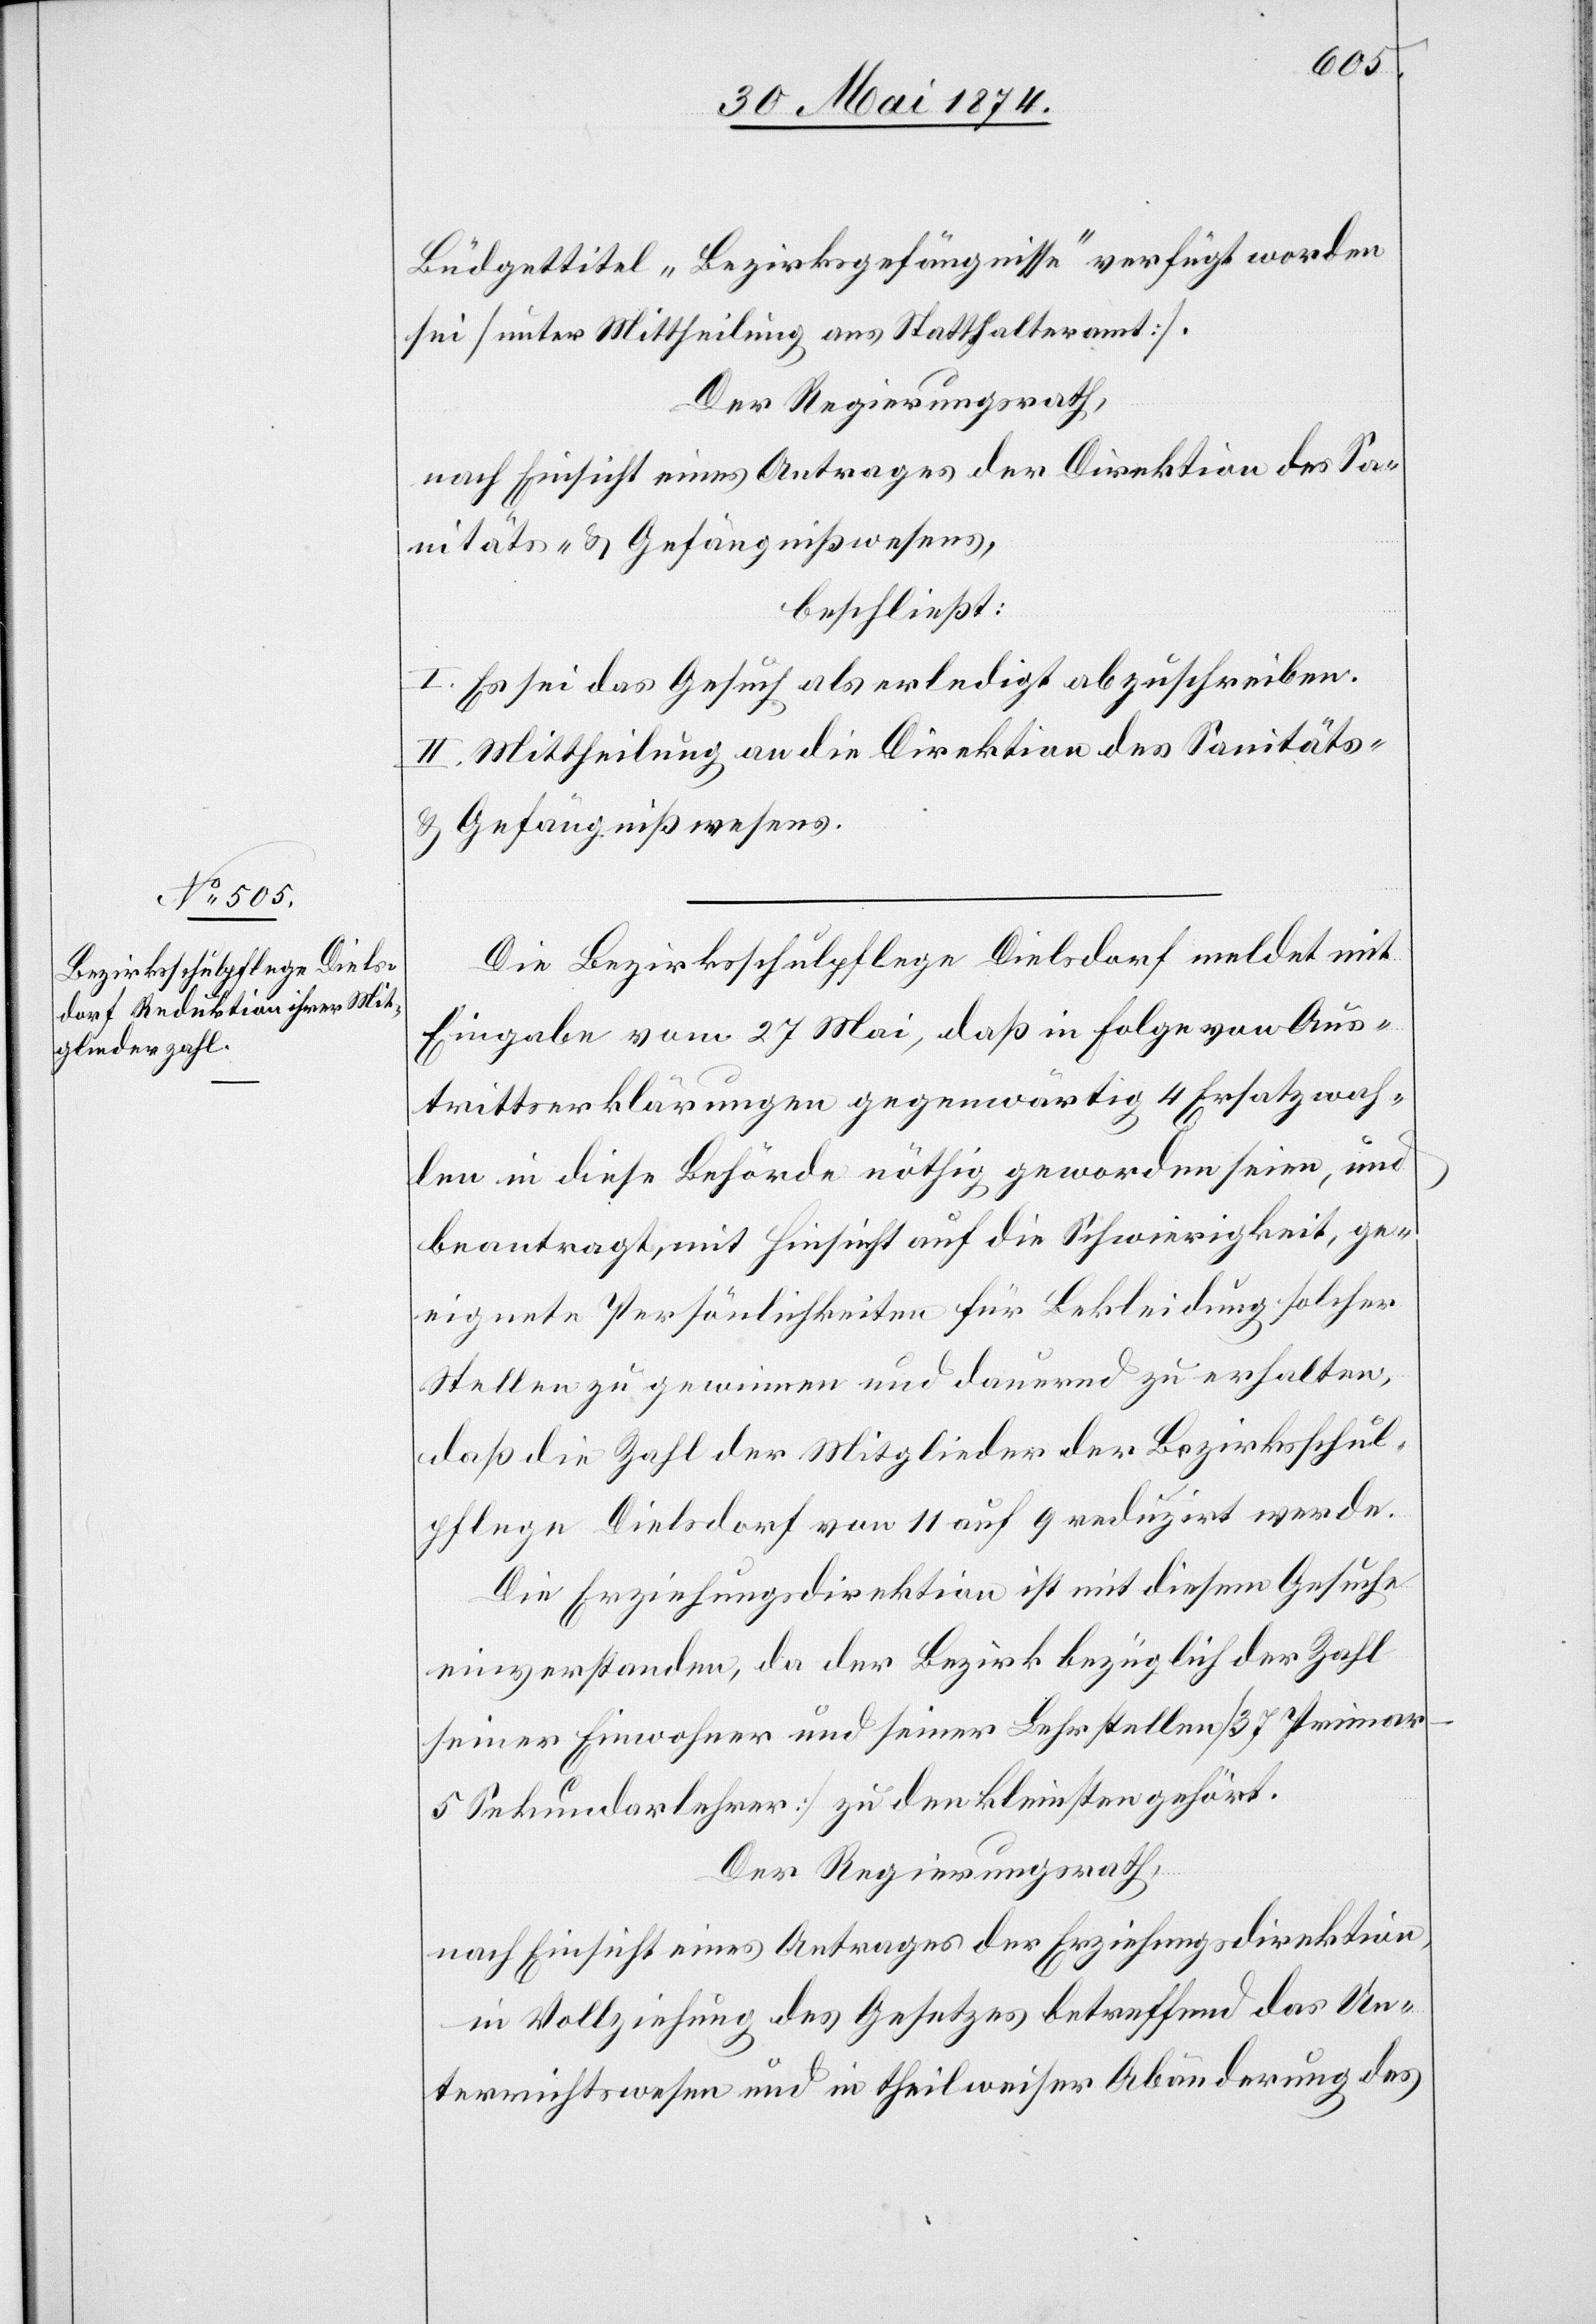
Büdgettitel „Bezirksgefängnisse“ verfügt worden
sei [unter Mittheilung ans Statthalteramt].
Der Regierungsrath,
nach Einsicht eines Antrages der Direktion des Sa¬
nitäts- u. Gefängnißwesens,
beschließt:
I. Es sei das Gesuch als erledigt abzuschreiben.
II. Mittheilung an die Direktion des Sanitäts-
u. Gefängnißwesens.
Die Bezirksschulpflege Dielsdorf meldet mit
Eingabe vom 27. Mai, daß in Folge von Aus¬
trittserklärungen gegenwärtig 4 Ersatzwah¬
len in diese Behörde nöthig geworden seien, und
beantragt, mit Hinsicht auf die Schwierigkeit, ge¬
eignete Persönlichkeiten für Bekleidung solcher
Stellen zu gewinnen und dauernd zu erhalten,
daß die Zahl der Mitglieder der Bezirksschul¬
pflege Dielsdorf von 11 auf 9 reduzirt werde.
Die Erziehungsdirektion ist mit diesem Gesuche
einverstanden, da der Bezirk bezüglich der Zahl
seiner Einwohner und seiner Lehrstellen [37 Primar-
5 Sekundarlehrer] zu den kleinsten gehört.
Der Regierungsrath,
nach Einsicht eines Antrages der Erziehungsdirektion,
in Vollziehung des Gesetzes betreffend das Un¬
terrichtswesen und in theilweiser Abänderung des